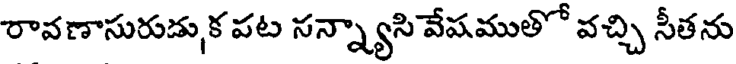
రావణాసురుడు, క పట సన్న్యాసి వేషముతో వచ్చి సీతను